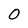
Character: 0